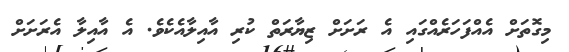
މިގޮތަށް އެއްފަހަރެއްގައި އެ ރަށަށް ޒިޔާރަތް ކުރި އާއިލާއެކެވެ. އެ އާއިލާ އެރަށަށް